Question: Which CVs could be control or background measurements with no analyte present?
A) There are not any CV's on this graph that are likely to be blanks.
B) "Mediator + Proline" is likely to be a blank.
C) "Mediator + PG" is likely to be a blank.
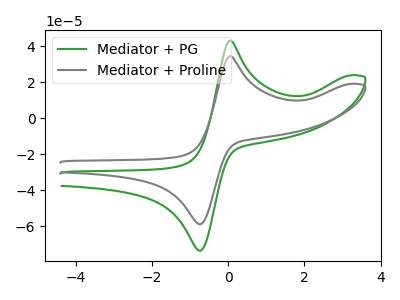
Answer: <think>The green curve "Mediator + PG" has an anodic peak at (0.05V, 43.00uA) and a cathodic peak at (-0.75V, -73.35uA). The gray curve "Mediator + Proline" has an anodic peak at (0.05V, 34.40uA) and a cathodic peak at (-0.75V, -58.65uA).</think>
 <answer>A) There are not any CV's on this graph that are likely to be blanks.</answer>
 <eval>A</eval>